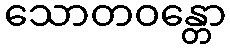
သောတဝန္တော